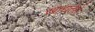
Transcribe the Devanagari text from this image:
खाद्यतेले